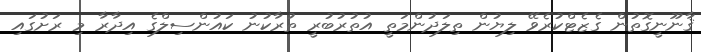
ޤާނޫނީގޮތުން ގެޒެޓްކުރެވޭ ލިޔުން ތިލަދުންމަތީ އުތުރުބުރީ ތުރާކުނު ކައުންސިލްގެ އިދާރާ މި ރަށުގައި